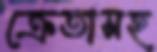
ক্রেতাসহ